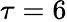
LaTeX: \tau=6